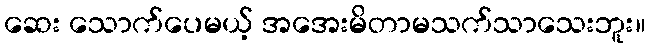
ဆေး သောက်ပေမယ့် အအေးမိတာမသက်သာသေးဘူး။